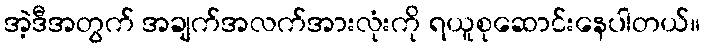
အဲ့ဒီအတွက် အချက်အလက်အားလုံးကို ရယူစုဆောင်းနေပါတယ်။